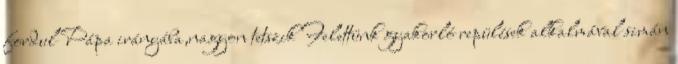
fordul Pápa irányába,nagyon tetszik Felettünk gyakorló repülések alkalmával simán